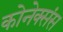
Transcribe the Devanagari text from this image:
कोनेक्संस